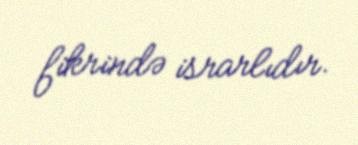
fikrində israrlıdır.